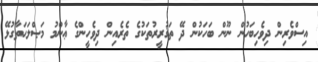
އިސްވެރިން ދިވެހިބަހުން ނޫން ބަހަކުން ދޭ ތަޤުރީރުތަކުގެ ތެރެއިން ދިވެހީންގެ ޢާންމު މަޞްލަޙަތާގުޅޭ